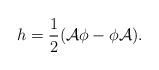
LaTeX: \begin{align*}h=\frac{1}{2}(\mathcal{A}\phi -\phi \mathcal{A)}. \end{align*}